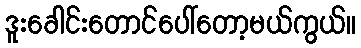
ဒူးခေါင်းတောင်ပေါ်တော့မယ်ကွယ်။